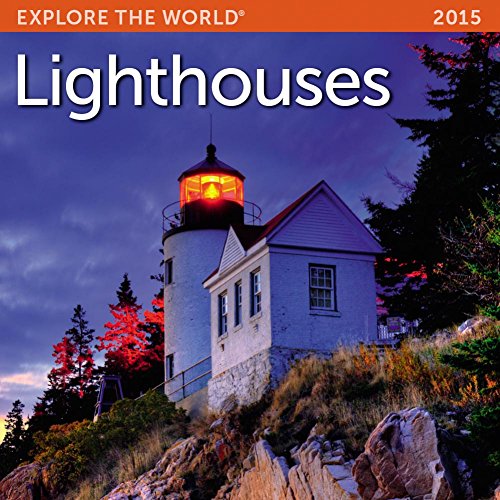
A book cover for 2015 Lighthouses Mini Wall Calendar Ziga Media, LLC; Calendars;